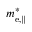
m _ { \mathrm { e } , \| } ^ { * }